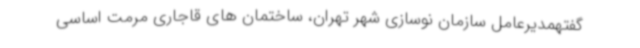
گفتهمدیرعامل سازمان نوسازی شهر تهران، ساختمان های قاجاری مرمت اساسی